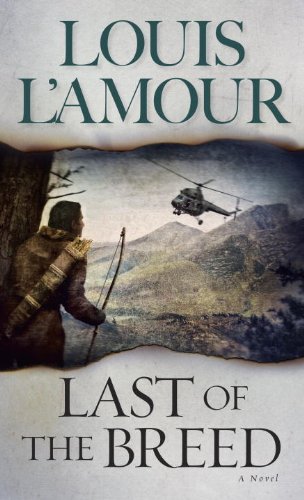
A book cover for Last of the Breed: A Novel; Louis L'Amour; Literature & Fiction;